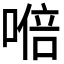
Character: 𭉩